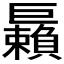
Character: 𢀲